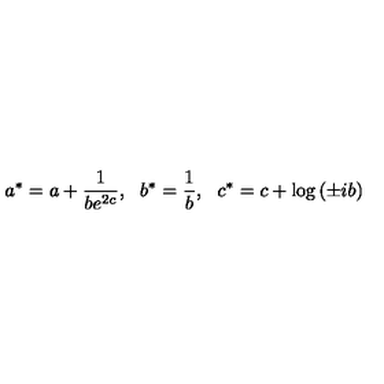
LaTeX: a ^ { * } = a + \frac { 1 } { b e ^ { 2 c } } , \: \: \: b ^ { * } = \frac { 1 } { b } , \: \: \: c ^ { * } = c + \log \left( \pm i b \right)